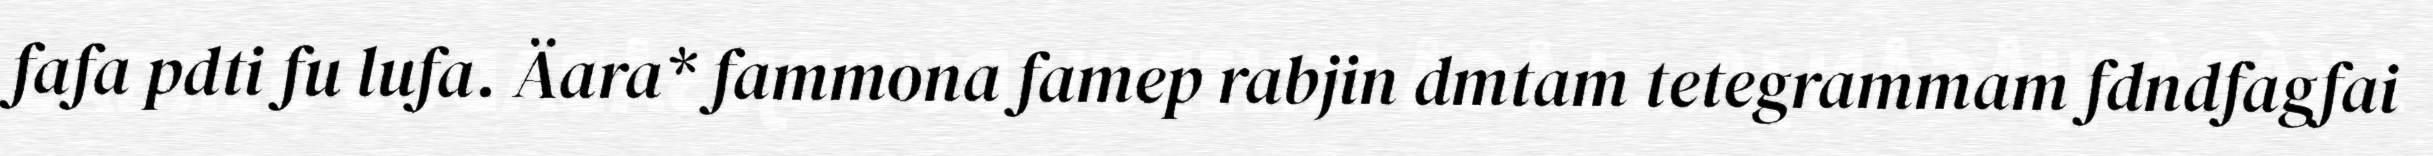
fafa pdti fu lufa. Äara* fammona famep rabjin dmtam tetegrammam fdndfagfai